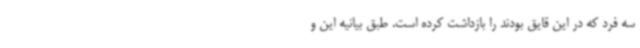
سه فرد که در این قایق بودند را بازداشت کرده است. طبق بیانیه این و